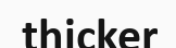
thicker